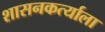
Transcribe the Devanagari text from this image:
शासनकर्त्याला